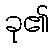
ခု၏